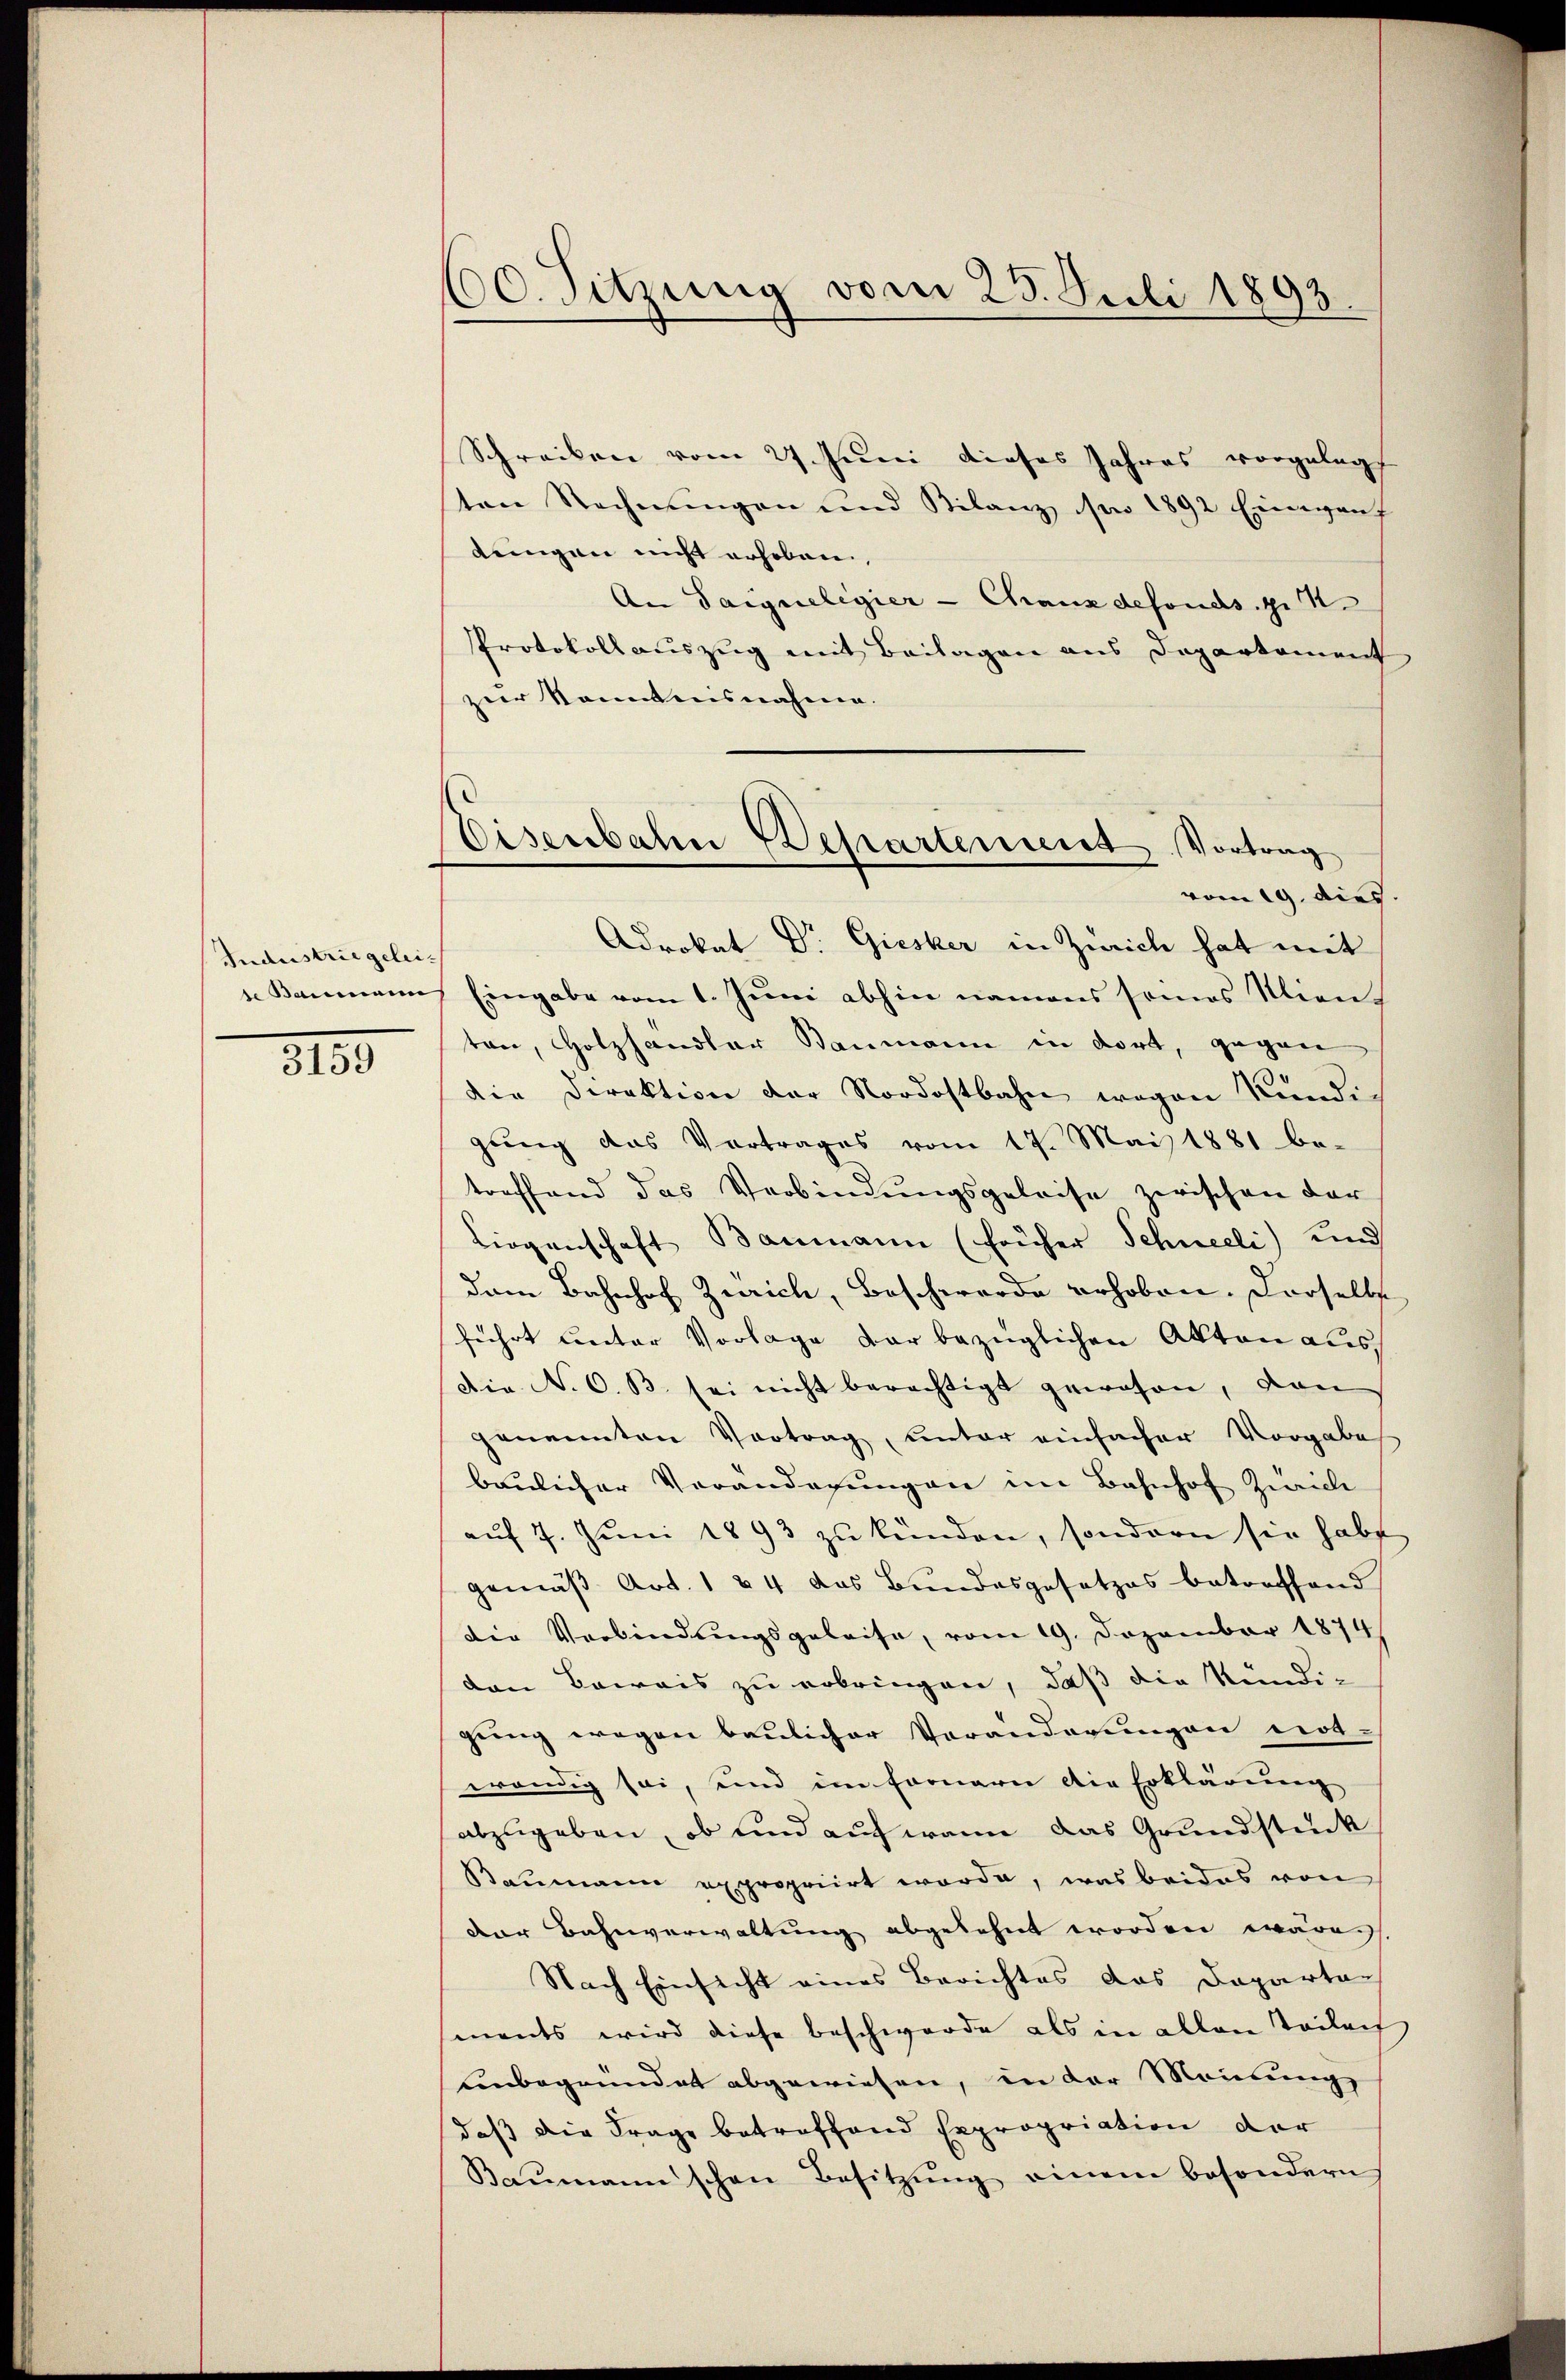
Industriegelei-
2105

600. Sitzung vom 25. Juli 1893.

Eisenbahn Departement Vortrag
vom 19. dies

Schreiben vom 27. Juni dieses Jahres vorgelegt
ten Rechnungen und Bilanz pro 1892 Einwanf
dungen nicht erhoben,
An Saigueligier-Chranz defonds. g. N
PProtokollauszug mit Beilagen aus Departement
zur Kenntnisnahme.
Adrokat Dr. Giesker in Zürich hat mit
1. Kammann Eingabe vom 1. Juni abhin namens seines Mien-
ten, Holzhandler Baumann in dort, gegen
die Direktion der Nordostbahn wegen Kündig
gung das Vortrages vom 17. Mai 1881 be-
treffend das Verbindungsgeleise zwischen der
Liegenschaft Baumann (früher Schneeli) und
dem Bahnhof Zürich, Beschwerde erhoben. Derselbst
führt unter Vorlage der bezüglichen Akten aus,
Die No 6. B. sei nicht berechtigt gewesen, von
genannten Vortrag, unter einfacher Vorgabe
baulicher Veränderungen im Bahnhof Zürich
aŭf 7. Juni 1893 zu künden, sondern sie habe
gemäβ Art. 1 & 4 das Bundesgesetzes betroffend
die Verbindungsgeleise, vom 19. Dezember 1874
den Beweis zu erbringen, daß die Kündigung wegen baulicher Veränderungen not-
wendig sei, und im Fernern die Erklärung
abzugeben, ob und auf wenn das Grundstück
Baumann expropriirt worde, was beides von
Der Bahnverwaltung abgelehnt worden wären
Nach Einsicht eines Berichtes das Departa-
sments wird diese Beschwerde als in allen Teilen
Einbegründet abgewiesen, in der Meinung
daß die Frage betreffend Expropriation der
Baumann schon Besitzŭng einem besondern